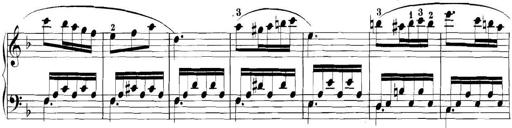
Title: 3 Sonatinas
Composer: Carl Reinecke